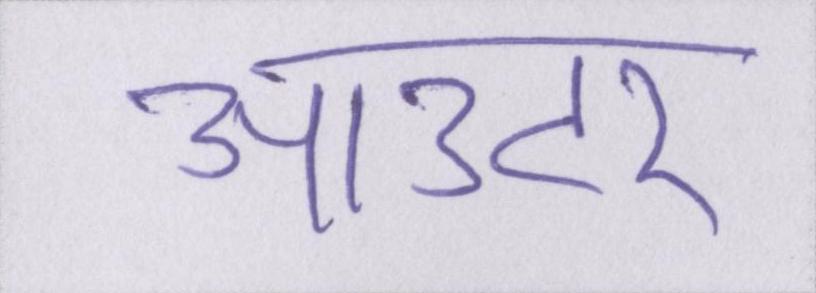
आउटर